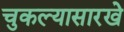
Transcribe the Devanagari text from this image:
चुकल्यासारखे